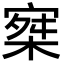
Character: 𡩣